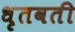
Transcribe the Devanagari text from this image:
धृतवती